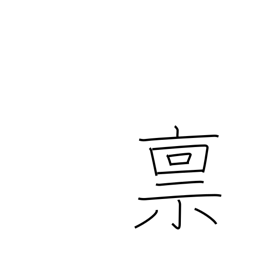
Meaning: salary in rice